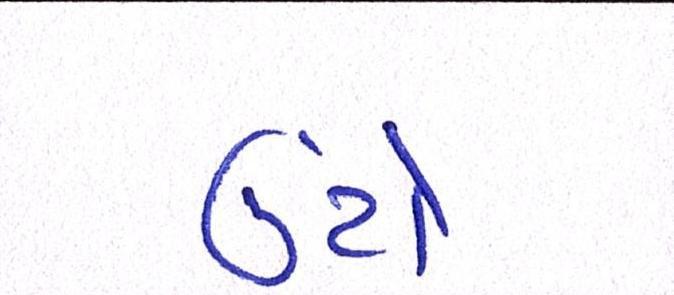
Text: ઉંટો